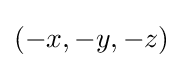
\left(-x,-y,-z\right)